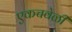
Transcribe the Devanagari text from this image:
एकचवेळी